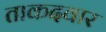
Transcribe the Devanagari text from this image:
ताकदवार